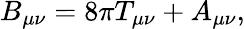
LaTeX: B_{\mu\nu}=8\pi T_{\mu\nu}+A_{\mu\nu},